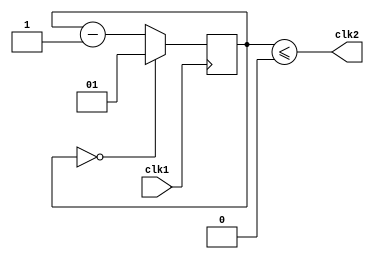
module clk_div(
    input wire clk1,
    output wire clk2
);

parameter duty_cycle = 1;
parameter divisor = 2;

localparam bits = $clog2(divisor + 1);

reg [bits-1:0] counter;
assign clk2 = counter <= (duty_cycle - 1);

initial begin
    counter = divisor - 1;
end

always @(posedge clk1) begin
    if (counter == '0) begin
        counter <= divisor - 1;
    end else begin
        counter <= counter - 1;
    end
end


endmodule